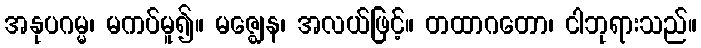
အနုပဂမ္မ၊ မကပ်မူ၍။ မဇ္ဈေန၊ အလယ်ဖြင့်။ တထာဂတော၊ ငါဘုရားသည်။